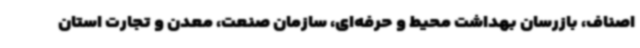
اصناف، بازرسان بهداشت محیط و حرفه‌ای، سازمان صنعت، معدن و تجارت استان